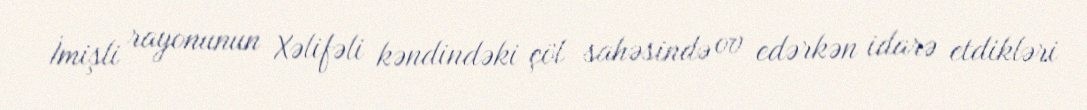
İmişli rayonunun Xəlifəli kəndindəki çöl sahəsində ov edərkən idarə etdikləri